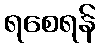
ရစေရန်